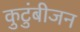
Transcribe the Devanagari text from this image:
कुटुंबीजन